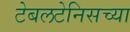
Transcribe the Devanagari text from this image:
टेबलटेनिसच्या